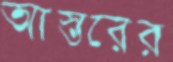
আস্তরের